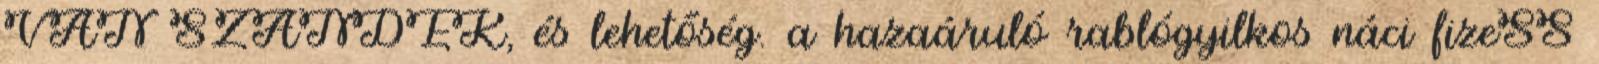
VAN SZÁNDÉK, és lehetőség. a hazaáruló rablógyilkos náci fizeSS